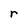
Character: r